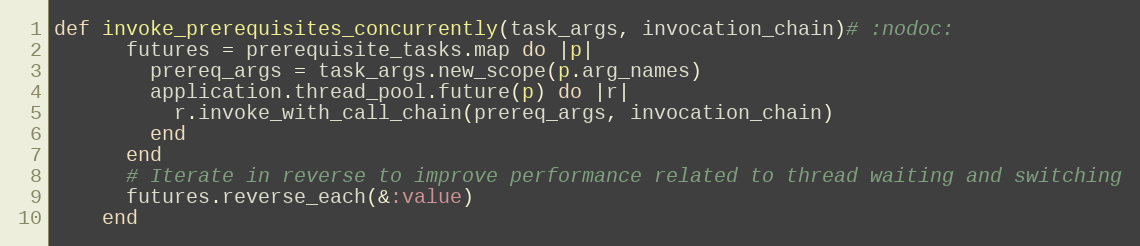
Language: Ruby
def invoke_prerequisites_concurrently(task_args, invocation_chain)# :nodoc:
      futures = prerequisite_tasks.map do |p|
        prereq_args = task_args.new_scope(p.arg_names)
        application.thread_pool.future(p) do |r|
          r.invoke_with_call_chain(prereq_args, invocation_chain)
        end
      end
      # Iterate in reverse to improve performance related to thread waiting and switching
      futures.reverse_each(&:value)
    end